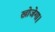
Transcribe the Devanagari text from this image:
खोजेगा।